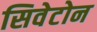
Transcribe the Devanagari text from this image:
सिवेटोन